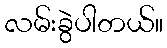
လမ်းခွဲပါတယ်။